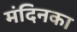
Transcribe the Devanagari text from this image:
मंदिनका